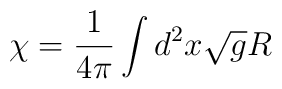
\chi=\frac{1}{4\pi}\int d^2x\sqrt{g}R